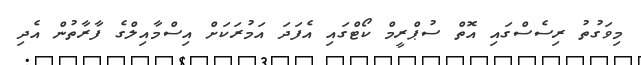
މިވަގުތު ރިސެސްގައި އޮތް ސުޕްރީމް ކޯޓްގައި އެފަދަ އަމުރަކަށް އިސްމާއިލްގެ ފާރާތުން އެދި